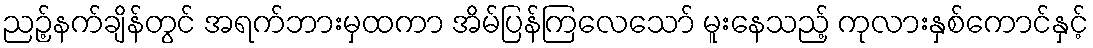
ညဉ့်နက်ချိန်တွင် အရက်ဘားမှထကာ အိမ်ပြန်ကြလေသော် မူးနေသည့် ကုလားနှစ်ကောင်နှင့်